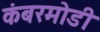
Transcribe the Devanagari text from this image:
कंबरमोडी